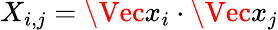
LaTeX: X_{i,j}=\Vec{x}_{i}\cdot\Vec{x}_{j}